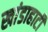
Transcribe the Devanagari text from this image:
खांडाहाटी